Report of the Indian Hemp Drugs Commission, 1894-1895 - Volume VII
Year: 1894
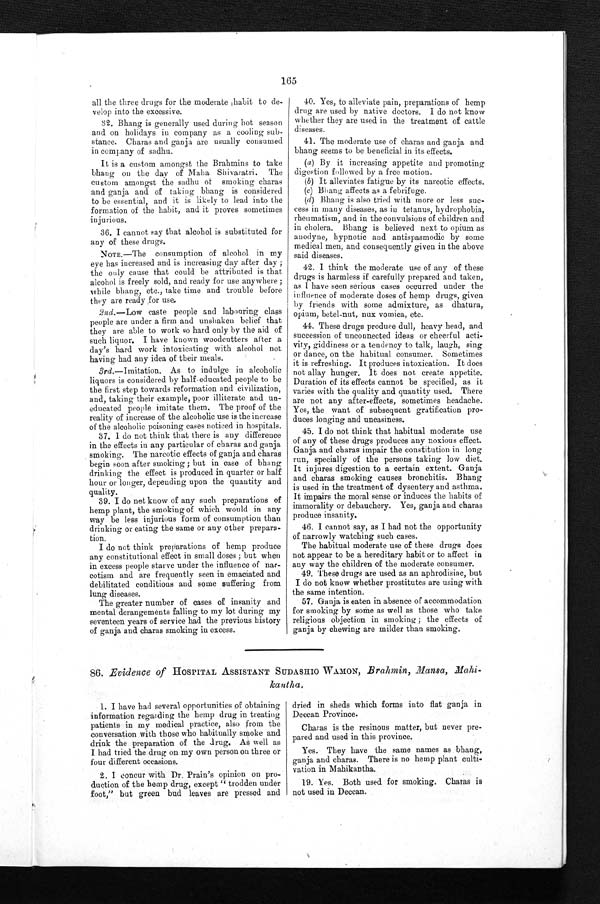
165
all the three drugs for the moderate habit to de-
velop into the excessive.
32. Bhang is generally used during hot season
and on holidays in company as a cooling sub-
stance. Charas and ganja are usually consumed
in company of sadhu.
It is a custom amongst the Brahmins to take
bhang on the day of Maha Shivaratri. The
custom amongst the
s a d h u o f s m o k i n g c h a r a s a n d g a n j a a n d o f t a k i n g b h a n g i s c o n s i d e r e d
to be essential, and it is likely to lead into the
formation of the habit, and it proves sometimes
injurious.
36. I cannot say that alcohol is substituted for
any of these drugs.
NOTE.—The consumption of alcohol in my
eye has increased and is increasing day after day ;
the only cause that could be attributed is that
alcohol is freely sold, and ready for use anywhere;
while bhang, etc., take time and trouble before
they are ready for use.
2nd.—Low caste people and labouring class
people are under a firm and unshaken belief that
they are able to work so hard only by the aid of
such liquor. I have known woodcutters after a
day's hard work intoxicating with alcohol not
having had any idea of their meals.
3rd.—Imitation. As to indulge in alcoholic
liquors is considered by half-educated people to be
the first step towards reformation and civilization,
and, taking their example, poor illiterate and un-
educated people imitate them. The proof of the
reality of increase of the alcoholic use is the increase
of the alcoholic poisoning cases noticed in hospitals.
37.
I do not think that there is any difference
in the effects in any particular of charas and ganja
smoking. The narcotic effects of ganja and charas
begin soon after smoking ; but in case of bhang
drinking the effect is produced in quarter or half
hour or longer, depending upon the quantity and
quality.
39. I do not know of any such preparations of
hemp plant, the smoking of which would in any
way be less injurious form of consumption than
drinking or eating the same or any other prepara-
tion.
I do not think preparations of hemp produce
any constitutional effect in small doses ; but when
in excess people starve under the influence of nar-
cotism and are frequently seen in emaciated and
debilitated conditions and some suffering from
lung diseases.
The greater number of cases of insanity and
mental derangements falling to my lot during my
seventeen years of service had the previous history
of ganja and charas smoking in excess.
40. Yes, to alleviate pain, preparations of hemp
drug are used by native doctors. I do not know
whether they are used in the treatment of cattle
diseases.
41. The moderate use of charas and ganja and
bhang seems to be beneficial in its effects.
(a) By it increasing appetite and promoting
digestion followed by a free motion.
(b) It alleviates fatigue by its narcotic effects.
(c)
Bhang affects as a febrifuge.
(d) Bhang is also tried with more or less suc-
cess in many diseases, as in tetanus, hydrophobia,
rheumatism, and in the convulsions of children and
in cholera. Bhang is believed next to opium as
anodyne, hypnotic and antispasmodic by some
medical men, and consequently given in the above
said diseases.
42. I think the moderate use of any of these
drugs is harmless if carefully prepared and taken,
as I have seen serious cases occurred under the
influence of moderate doses of hemp drugs, given
by friends with some admixture, as dhatura,
opium, betel-nut, nux vomica, etc.
44. These drugs produce dull, heavy head, and
succession of unconnected ideas or cheerful acti-
vity, giddiness or a tendency to talk, laugh, sing
or dance, on the habitual consumer. Sometimes
it is refreshing. It produces intoxication. It does
not allay hunger. It does not create appetite.
Duration of its effects cannot be specified, as it
varies with the quality and quantity used. There
are not any after-effects, sometimes headache.
Yes, the want of subsequent gratification pro-
duces longing and uneasiness.
45. I do not think that habitual moderate use
of any of these drugs produces any noxious effect.
Ganja and charas impair the constitution in long
run, specially of the persons taking low diet.
It injures digestion to a certain extent. Ganja
and charas smoking causes bronchitis. Bhang
is used in the treatment of dysentery and asthma.
It impairs the moral sense or induces the habits of
immorality or debauchery. Yes, gauja and charas
produce insanity.
46. I cannot say, as I had not the opportunity
of narrowly watching such cases.
The habitual moderate use of these drugs does
not appear to be a hereditary habit or to affect in
any way the children of the moderate consumer.
49. These drugs are used as an aphrodisiac, but
I do not know whether prostitutes are using with
the same intention.
57. Ganja is eaten in absence of accommodation
for smoking by some as well as those who take
religious objection in smoking ; the effects of
ganja by chewing are milder than smoking.
86. Evidence of HOSPITAL ASSISTANT SUDASHIO WAMON, Brahmin, Mansa, Mahi
¬kantha.
1. I have had several opportunities of obtaining
information regarding the hemp drug in treating
patients in my medical practice, also from the
conversation with those who habitually smoke and
drink the preparation of the drug. As well as
I had tried the drug on my own person on three or
four different occasions.
2. I concur with Dr. Prain's opinion on pro-
duction of the hemp drug, except " trodden under
foot," but green bud leaves are pressed and
dried in sheds which forms into flat ganja in
Deccan Province.
Charas is the resinous matter, but never pre-
pared and used in this province.
Yes. They have the same names as bhang,
ganja and charas. There is no hemp plant culti-
vation in Mahikantha.
19. Yes. Both used for smoking. Charas is
not used in Deccan.